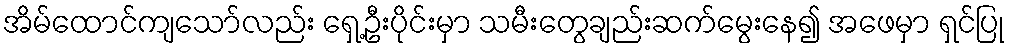
အိမ်ထောင်ကျသော်လည်း ရှေ့ဦးပိုင်းမှာ သမီးတွေချည်းဆက်မွေးနေ၍ အဖေမှာ ရှင်ပြု